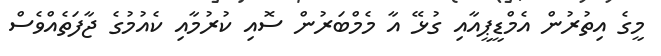
މީގެ އިތުރުން އެމްޑީޕީއާއި ގުޅޭ އާ މެމްބަރުން ސޮއި ކުރުމާއި ކެއުމުގެ ޖާފަތެއްވެސް